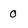
Character: 0